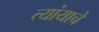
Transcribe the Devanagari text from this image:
त्यांयाचे